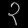
Digit: ၃